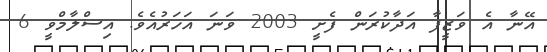
އޭނާ އެ ވަޒީފާ އަދާކުރަން ފެށީ 2003 ވަނަ އަހަރުއެވެ. އިސްލާމްވީ 6